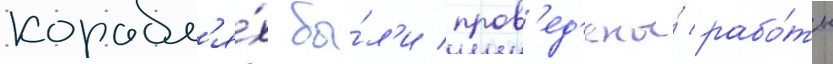
корабл'я́х бы́л'и пров'ед'ены́ рабо́ты